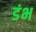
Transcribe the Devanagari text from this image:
डंभ